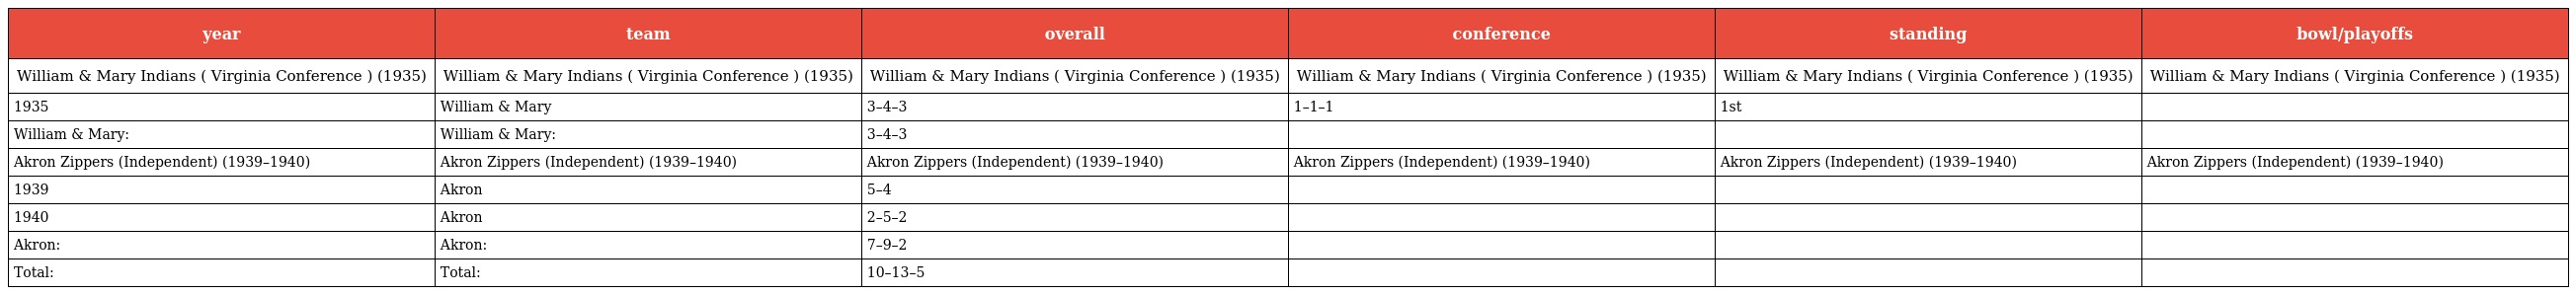
| year | team | overall | conference | standing | bowl/playoffs |
 | --- | --- | --- | --- | --- | --- |
 | William & Mary Indians ( Virginia Conference ) (1935) | William & Mary Indians ( Virginia Conference ) (1935) | William & Mary Indians ( Virginia Conference ) (1935) | William & Mary Indians ( Virginia Conference ) (1935) | William & Mary Indians ( Virginia Conference ) (1935) | William & Mary Indians ( Virginia Conference ) (1935) |
 | 1935 | William & Mary | 3–4–3 | 1–1–1 | 1st |  |
 | William & Mary: | William & Mary: | 3–4–3 |  |  |  |
 | Akron Zippers (Independent) (1939–1940) | Akron Zippers (Independent) (1939–1940) | Akron Zippers (Independent) (1939–1940) | Akron Zippers (Independent) (1939–1940) | Akron Zippers (Independent) (1939–1940) | Akron Zippers (Independent) (1939–1940) |
 | 1939 | Akron | 5–4 |  |  |  |
 | 1940 | Akron | 2–5–2 |  |  |  |
 | Akron: | Akron: | 7–9–2 |  |  |  |
 | Total: | Total: | 10–13–5 |  |  |  |